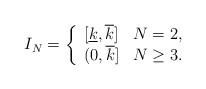
LaTeX: \begin{align*}I_N=\left\{\begin{array}{ll}[\underline{k},\overline{k}]&N=2,\\(0,\overline{k}]&N\geq 3.\end{array}\right.\end{align*}